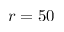
r = 5 0